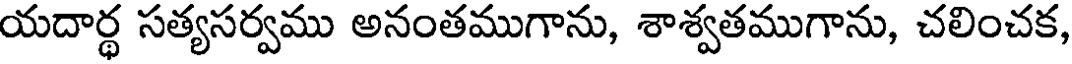
యదార్ధ సత్యసర్వము అనంతముగాను, శాశ్వతముగాను, చలించక,